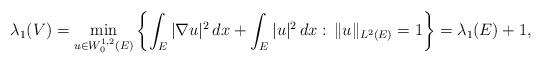
LaTeX: \begin{align*}\lambda_1(V)=\min_{u\in W^{1,2}_0(E)}\left\{\int_{E} |\nabla u|^2\, dx+\int_E |u|^2\, dx :\, \|u\|_{L^2(E)}=1 \right\}=\lambda_1(E)+1,\end{align*}